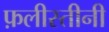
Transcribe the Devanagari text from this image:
फ़लीस्तीनी